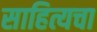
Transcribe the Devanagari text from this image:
साहित्यचा